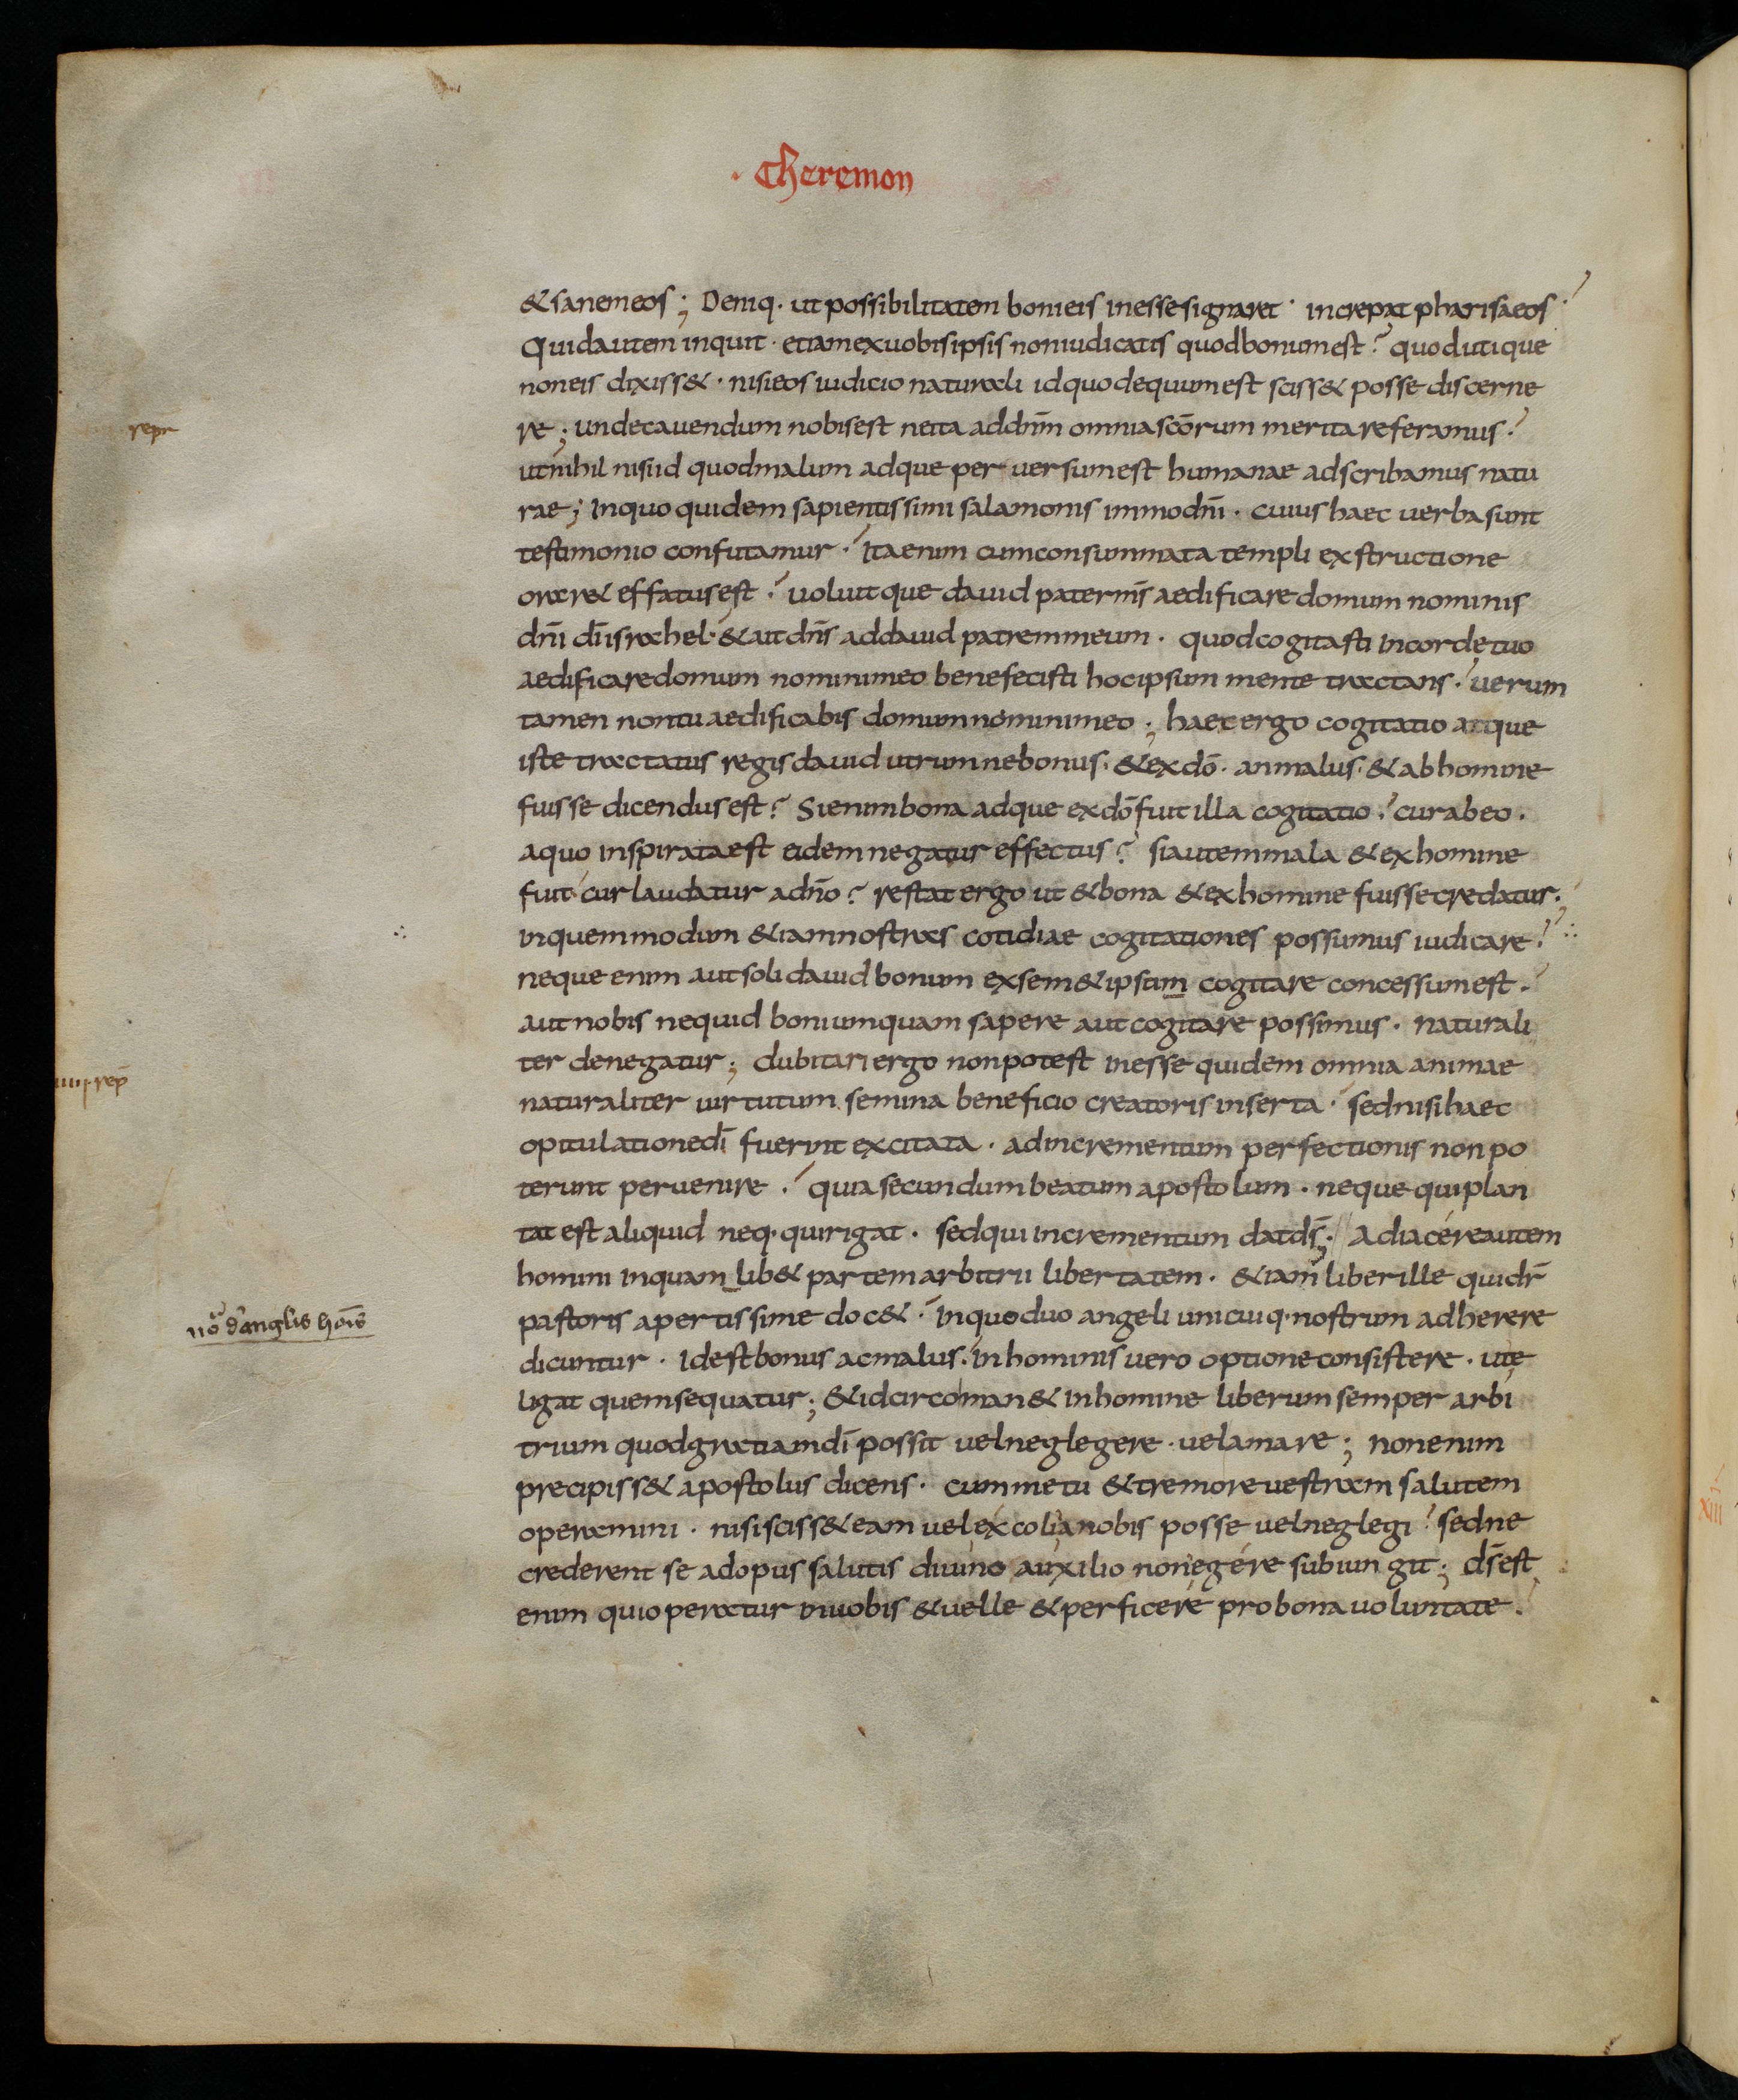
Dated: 833–865